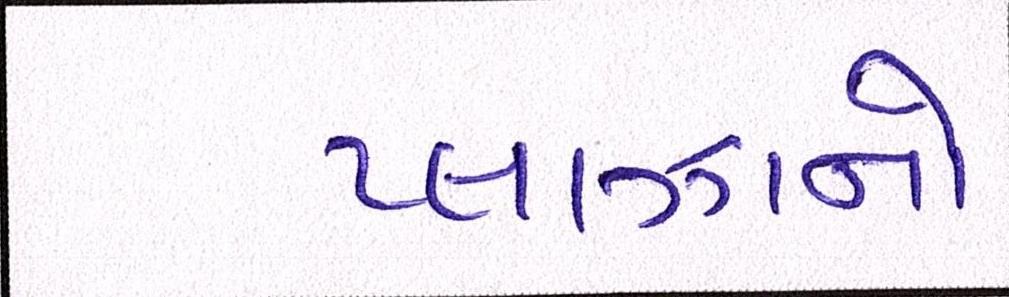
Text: પ્લાઝાનો